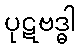
ပုဋဗဒ္ဓါ